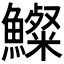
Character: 𩼇